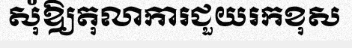
សុំឱ្យតុលាការជួយរកខុស